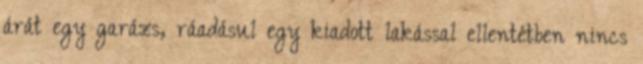
árát egy garázs, ráadásul egy kiadott lakással ellentétben nincs